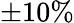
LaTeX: \pm 10\%